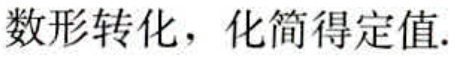
数形转化，化简得定值.